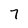
Character: 7